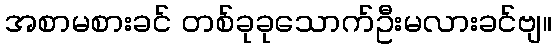
အစာမစားခင် တစ်ခုခုသောက်ဦးမလားခင်ဗျ။